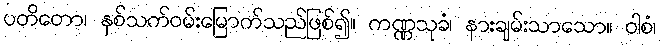
ပတိတော၊ နှစ်သက်ဝမ်းမြောက်သည်ဖြစ်၍။ ကဏ္ဏသုခံ၊ နားချမ်းသာသော။ ဝါစံ၊